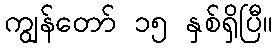
ကျွန်တော် ၁၅ နှစ်ရှိပြီ။